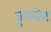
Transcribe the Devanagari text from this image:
कुज्नेट